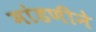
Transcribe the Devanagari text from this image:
मांडणीने